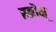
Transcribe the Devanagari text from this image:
इब्रोक्ष्